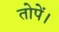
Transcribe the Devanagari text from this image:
तोपें।